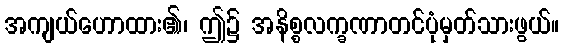
အကျယ်ဟောထား၏၊ ဤ၌ အနိစ္စလက္ခဏာတင်ပုံမှတ်သားဖွယ်။